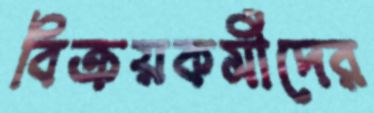
বিক্রয়কর্মীদের